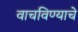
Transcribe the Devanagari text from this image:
वाचविण्याचे